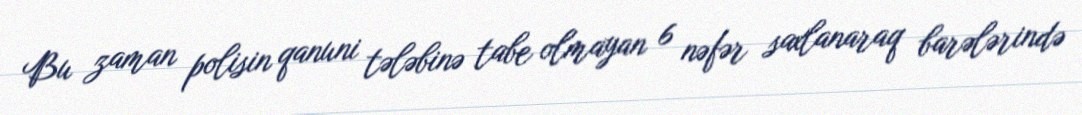
Bu zaman polisin qanuni tələbinə tabe olmayan 6 nəfər saxlanaraq barələrində